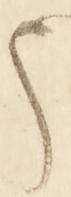
う